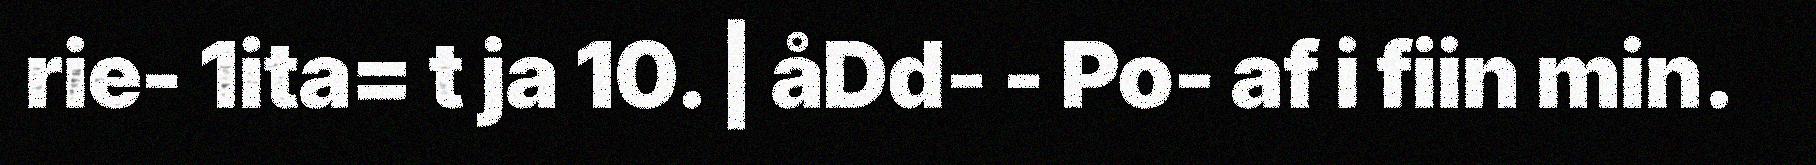
rie- 1ita= t ja 10. | åDd- - Po- af i fiin min.